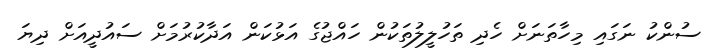
ސުންކު ނަގައި މިހާތަނަށް ހެދި ތަހުލީލުތަކުން ހައްޖުގެ އަޅުކަން އަދާކުރުމަށް ސައުދީއަށް ދިޔަ